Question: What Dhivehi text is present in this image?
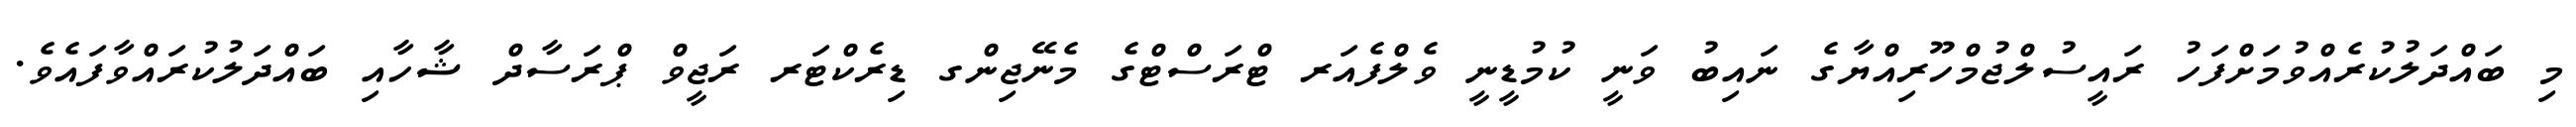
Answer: މި ބައްދަލުކުރެއްވުމަށްފަހު ރައީސުލްޖުމްހޫރިއްޔާގެ ނައިބު ވަނީ ކުމުޑީނީ ވެލްފެއަރ ޓްރަސްޓްގެ މެނޭޖިންގ ޑިރެކްޓަރ ރަޖީވް ޕްރަސާދް ޝާހާއި ބައްދަލުކުރައްވާފައެވެ.